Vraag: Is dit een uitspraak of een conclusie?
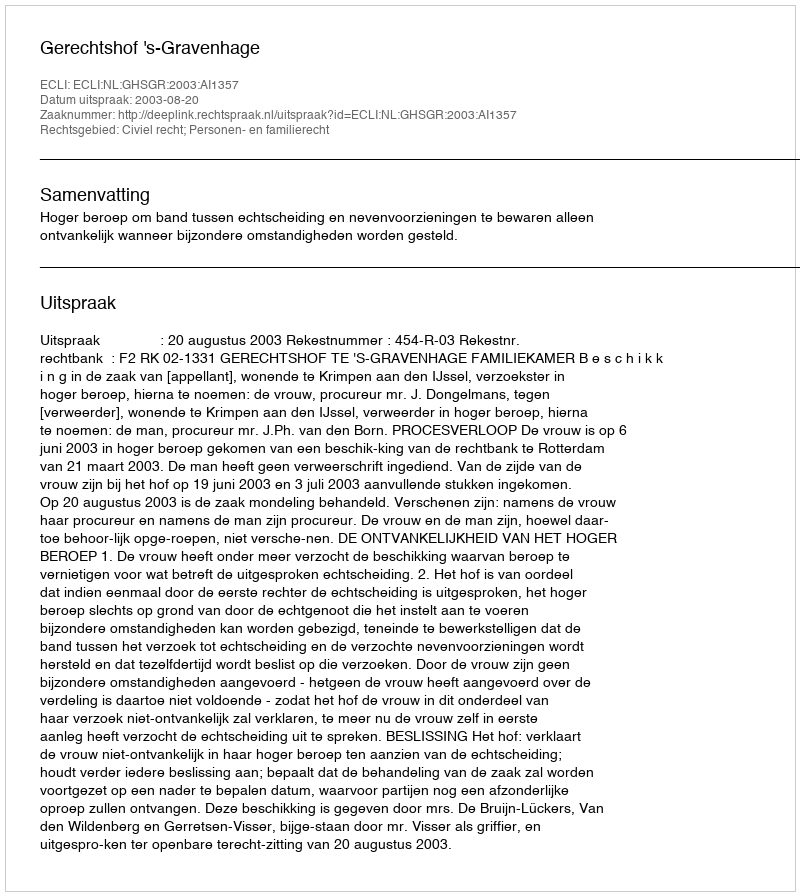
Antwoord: Uitspraak